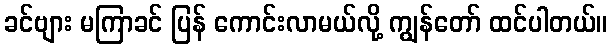
ခင်ဗျား မကြာခင် ပြန် ကောင်းလာမယ်လို့ ကျွန်တော် ထင်ပါတယ်။